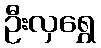
ဦးလှရွှေ